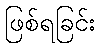
ဖြစ်ရခြင်း